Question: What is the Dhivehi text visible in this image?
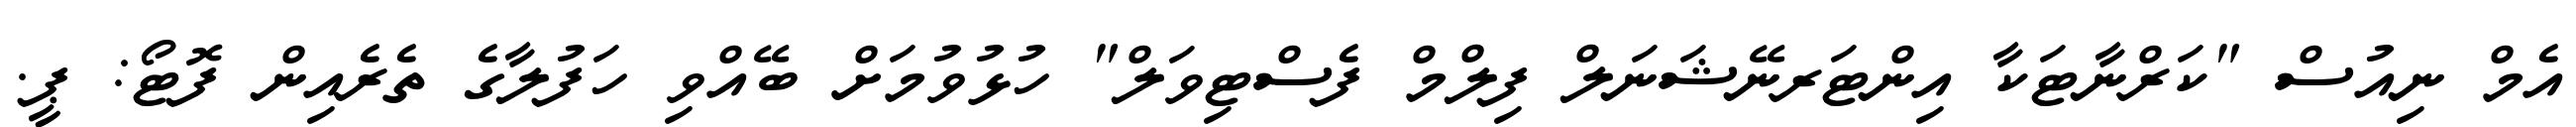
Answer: އެމް ނިއުސް "ކަރްނާޓަކާ އިންޓަރނޭޝަނަލް ފިލްމް ފެސްޓިވަލް" ހުޅުވުމަށް ބޭއްވި ހަފުލާގެ ތެރެއިން ފޮޓޯ: ޕީ.